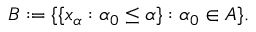
B : = \{ \{ x _ { \alpha } : \alpha _ { 0 } \leq \alpha \} : \alpha _ { 0 } \in A \} .